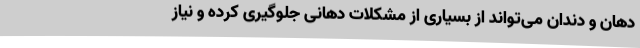
دهان و دندان می‌تواند از بسیاری از مشکلات دهانی جلوگیری کرده و نیاز